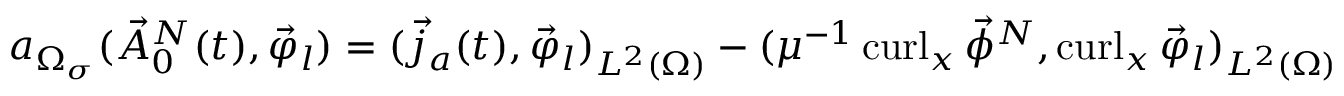
\begin{array} { r } { a _ { \Omega _ { \sigma } } ( \vec { A } _ { 0 } ^ { N } ( t ) , \vec { \varphi } _ { l } ) = ( \vec { j } _ { a } ( t ) , \vec { \varphi } _ { l } ) _ { L ^ { 2 } ( \Omega ) } - ( \mu ^ { - 1 } \operatorname { c u r l } _ { x } \vec { \phi } ^ { N } , \operatorname { c u r l } _ { x } \vec { \varphi } _ { l } ) _ { L ^ { 2 } ( \Omega ) } } \end{array}